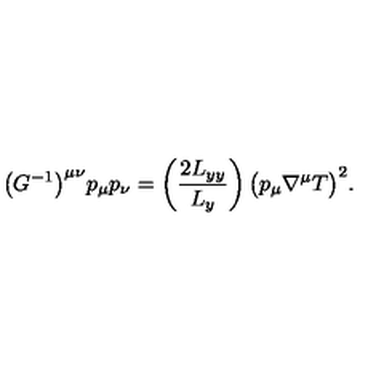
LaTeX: \bigl ( G ^ { - 1 } \bigr ) ^ { \mu \nu } p _ { \mu } p _ { \nu } = \left( \frac { 2 L _ { y y } } { L _ { y } } \right) \bigl ( p _ { \mu } \nabla ^ { \mu } T \bigr ) ^ { 2 } .